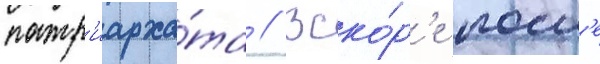
патр'иарха́та // Вско́р'е посл'е